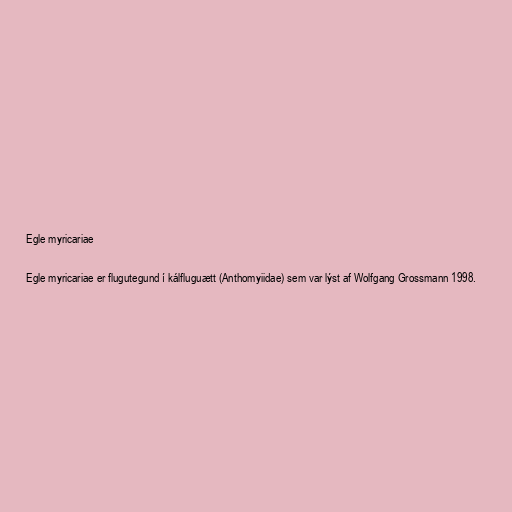
Egle myricariae

Egle myricariae er flugutegund í kálfluguætt (Anthomyiidae) sem var lýst af Wolfgang Grossmann 1998.